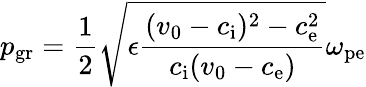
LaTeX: p_{\mathrm{gr}}=\frac{1}{2}\sqrt{\epsilon\frac{(v_{0}-c_{\mathrm{i}})^{2}-c_{\mathrm{e}}^{2}}{c_{\mathrm{i}}(v_{0}-c_{\mathrm{e}})}}\omega_{\mathrm{pe}}